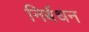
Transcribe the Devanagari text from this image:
निर्बधन